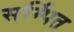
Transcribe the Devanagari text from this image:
सर्म्पित